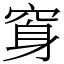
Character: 䆤